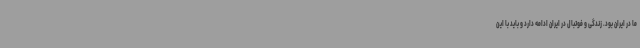
ما در ایران بود. زندگی و فوتبال در ایران ادامه دارد و باید با این